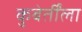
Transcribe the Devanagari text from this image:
कुबेर्तींला